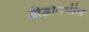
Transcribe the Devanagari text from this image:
बौद्धांमधील